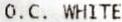
O.C. WHITE